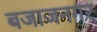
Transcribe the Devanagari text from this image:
बजाजनगर